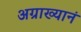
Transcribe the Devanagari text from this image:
अग्राख्यानं